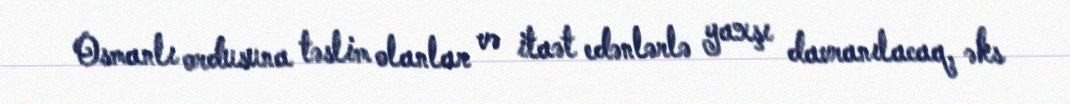
Osmanlı ordusuna təslim olanlar və itaət edənlərlə yaxşı davranılacaq, əks